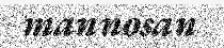
mannosan